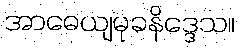
အာဓေယျမုခနိဒ္ဒေသ။